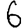
Digit: 6